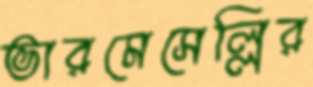
ভারমেসেল্লির